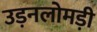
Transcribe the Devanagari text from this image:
उड़नलोमड़ी